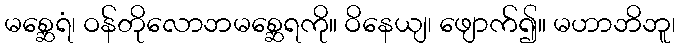
မစ္ဆေရံ၊ ဝန်တိုလောဘမစ္ဆေရကို။ ဝိနေယျ၊ ဖျောက်၍။ မဟာဘိဘူ၊